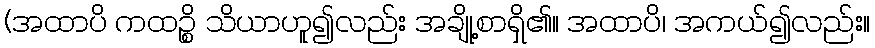
(အထာပိ ကထဉ္စိ သိယာဟူ၍လည်း အချို့စာရှိ၏။ အထာပိ၊ အကယ်၍လည်း။